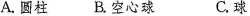
A.圆柱 B.空心球 C.球